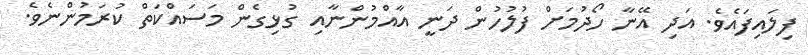
ފިލައިފައެވެ. އަދި އޭނާ ހޯދުމަށް ފުލުހުން ދަނީ އާއްމުންނާއި ގުޅިގެން މަސައްކަތް ކުރަމުންނެވެ.